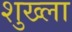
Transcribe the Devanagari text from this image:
शुख्ला